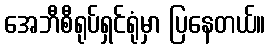
အေဘီစီရုပ်ရှင်ရုံမှာ ပြနေတယ်။